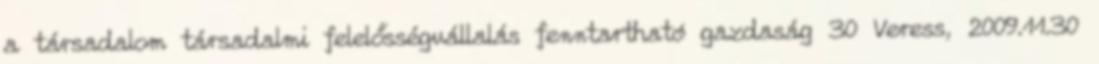
a társadalom társadalmi felelősségvállalás fenntartható gazdaság 30 Veress, 2009.11.30